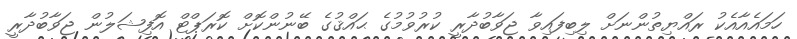
ހަމައެއާއެކު ރައްޔިތުންނަށް ލިބިފައިވާ ޖަވާބުދާރީ ކުރުވުމުގެ ޙައްޤުގެ ބޭނުންކޮށް ކޮރަޕްޓް އޮފިޝަލުން ޖަވާބުދާރީ